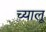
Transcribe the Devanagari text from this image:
च्यालू